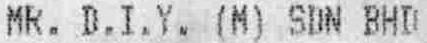
MR. D.I.Y. (M) SDN BHD